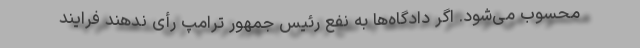
محسوب می‌شود. اگر دادگاه‌ها به نفع رئیس جمهور ترامپ رأی ندهند فرایند